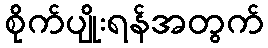
စိုက်ပျိုးရန်အတွက်